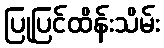
ပြုပြင်ထိန်းသိမ်း